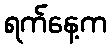
ရက်နေ့က